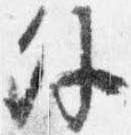
外